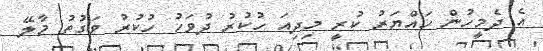
އެ ދެމީހުން ހައްޔަރު ކުރީ މިދިއަ ހުކުރު ދުވަހު ހުކުރު ވަގުތު މާލޭ